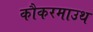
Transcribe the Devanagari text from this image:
कौकरमाउथ